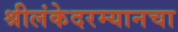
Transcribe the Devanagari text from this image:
श्रीलंकेदरम्यानचा